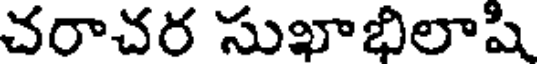
చరాచర సుఖాభిలాషి